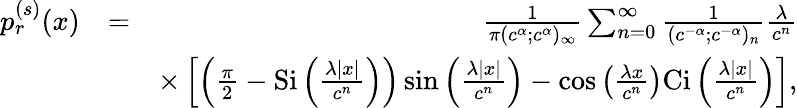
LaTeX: \begin{array}{rlr}{p_{r}^{(s)}(x)}&{=}&{\frac{1}{\pi(c^{\alpha};c^{\alpha})_{\infty}}\sum_{n=0}^{\infty}\frac{1}{(c^{-\alpha};c^{-\alpha})_{n}}\frac{\lambda}{c^{n}}}\\ &{}&{\times\left[\left(\frac{\pi}{2}-\mathrm{Si}\left(\frac{\lambda|x|}{c^{n}}\right)\right)\sin\left(\frac{\lambda|x|}{c^{n}}\right)-\cos\left(\frac{\lambda x}{c^{n}}\right)\mathrm{Ci}\left(\frac{\lambda|x|}{c^{n}}\right)\right],}\end{array}